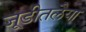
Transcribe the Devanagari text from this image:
जूडीतलैया